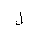
Letter: _lam